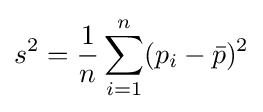
s^{2}={\frac {1}{n}}\sum _{i=1}^{n}(p_{i}-{\bar {p}})^{2}